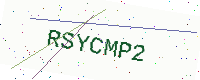
Text: RSYCMP2